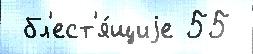
 бл'ест'я́щиjе 55